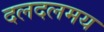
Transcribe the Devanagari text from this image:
दलदलमय